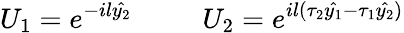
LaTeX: U_{1}=e^{-il\hat{y_{2}}}~~~~~~~~~~U_{2}=e^{il(\tau_{2}\hat{y_{1}}-\tau_{1}\hat{y_{2}})}